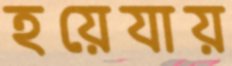
হয়েযায়